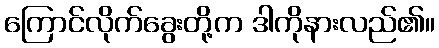
ကြောင်လိုက်ခွေးတို့က ဒါကိုနားလည်၏။